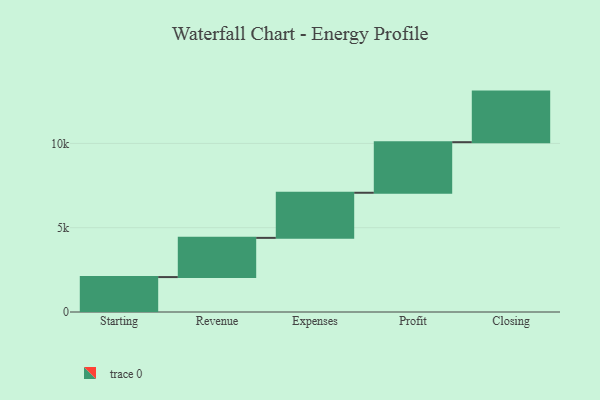
{"axis": {"x": "Step", "y": "Value"}, "legend": [""], "data": [{"x": "Starting", "y": 2071.0, "type": ""}, {"x": "Revenue", "y": 2326.0, "type": ""}, {"x": "Expenses", "y": 2676.0, "type": ""}, {"x": "Profit", "y": 3000, "type": ""}, {"x": "Closing", "y": 3000, "type": ""}]}